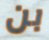
بن